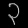
Digit: ၃